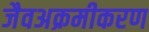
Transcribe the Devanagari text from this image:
जैवअक्रमीकरण